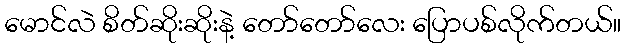
မောင်လဲ စိတ်ဆိုးဆိုးနဲ့ တော်တော်လေး ပြောပစ်လိုက်တယ်။